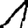
Digit: 1